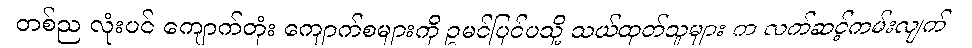
တစ်ည လုံးပင် ကျောက်တုံး ကျောက်စများကို ဥမင်ပြင်ပသို့ သယ်ထုတ်သူများ က လက်ဆင့်ကမ်းလျက်